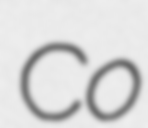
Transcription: Co